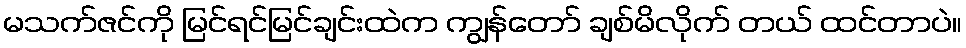
မသက်ဇင်ကို မြင်ရင်မြင်ချင်းထဲက ကျွန်တော် ချစ်မိလိုက် တယ် ထင်တာပဲ။